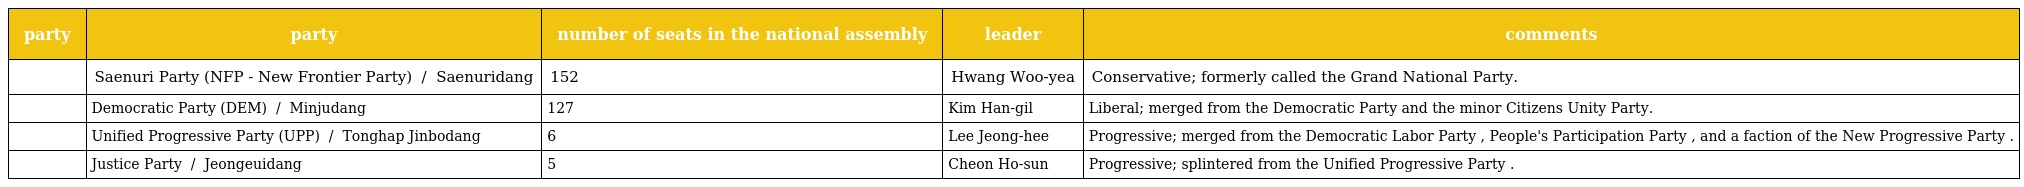
| party | party | number of seats in the national assembly | leader | comments |
 | --- | --- | --- | --- | --- |
 |  | Saenuri Party (NFP - New Frontier Party) 새누리당 / 새누리黨 Saenuridang | 152 | Hwang Woo-yea | Conservative; formerly called the Grand National Party. |
 |  | Democratic Party (DEM) 민주당 / 民主黨 Minjudang | 127 | Kim Han-gil | Liberal; merged from the Democratic Party and the minor Citizens Unity Party. |
 |  | Unified Progressive Party (UPP) 통합진보당 / 統合進步黨 Tonghap Jinbodang | 6 | Lee Jeong-hee | Progressive; merged from the Democratic Labor Party , People's Participation Party , and a faction of the New Progressive Party . |
 |  | Justice Party 정의당 / 正義黨 Jeongeuidang | 5 | Cheon Ho-sun | Progressive; splintered from the Unified Progressive Party . |